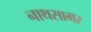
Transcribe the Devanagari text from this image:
नाथसागर